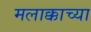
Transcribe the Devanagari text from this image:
मलाक्काच्या